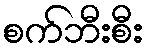
စက်ဘီးစီး